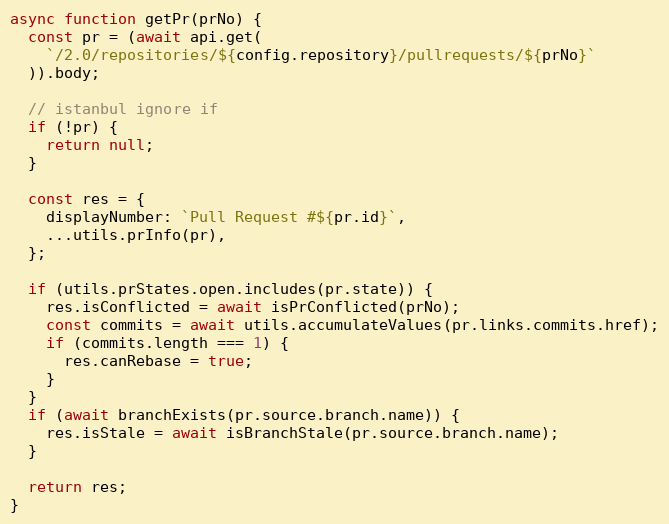
Language: JavaScript
async function getPr(prNo) {
  const pr = (await api.get(
    `/2.0/repositories/${config.repository}/pullrequests/${prNo}`
  )).body;

  // istanbul ignore if
  if (!pr) {
    return null;
  }

  const res = {
    displayNumber: `Pull Request #${pr.id}`,
    ...utils.prInfo(pr),
  };

  if (utils.prStates.open.includes(pr.state)) {
    res.isConflicted = await isPrConflicted(prNo);
    const commits = await utils.accumulateValues(pr.links.commits.href);
    if (commits.length === 1) {
      res.canRebase = true;
    }
  }
  if (await branchExists(pr.source.branch.name)) {
    res.isStale = await isBranchStale(pr.source.branch.name);
  }

  return res;
}